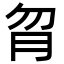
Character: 𦙑